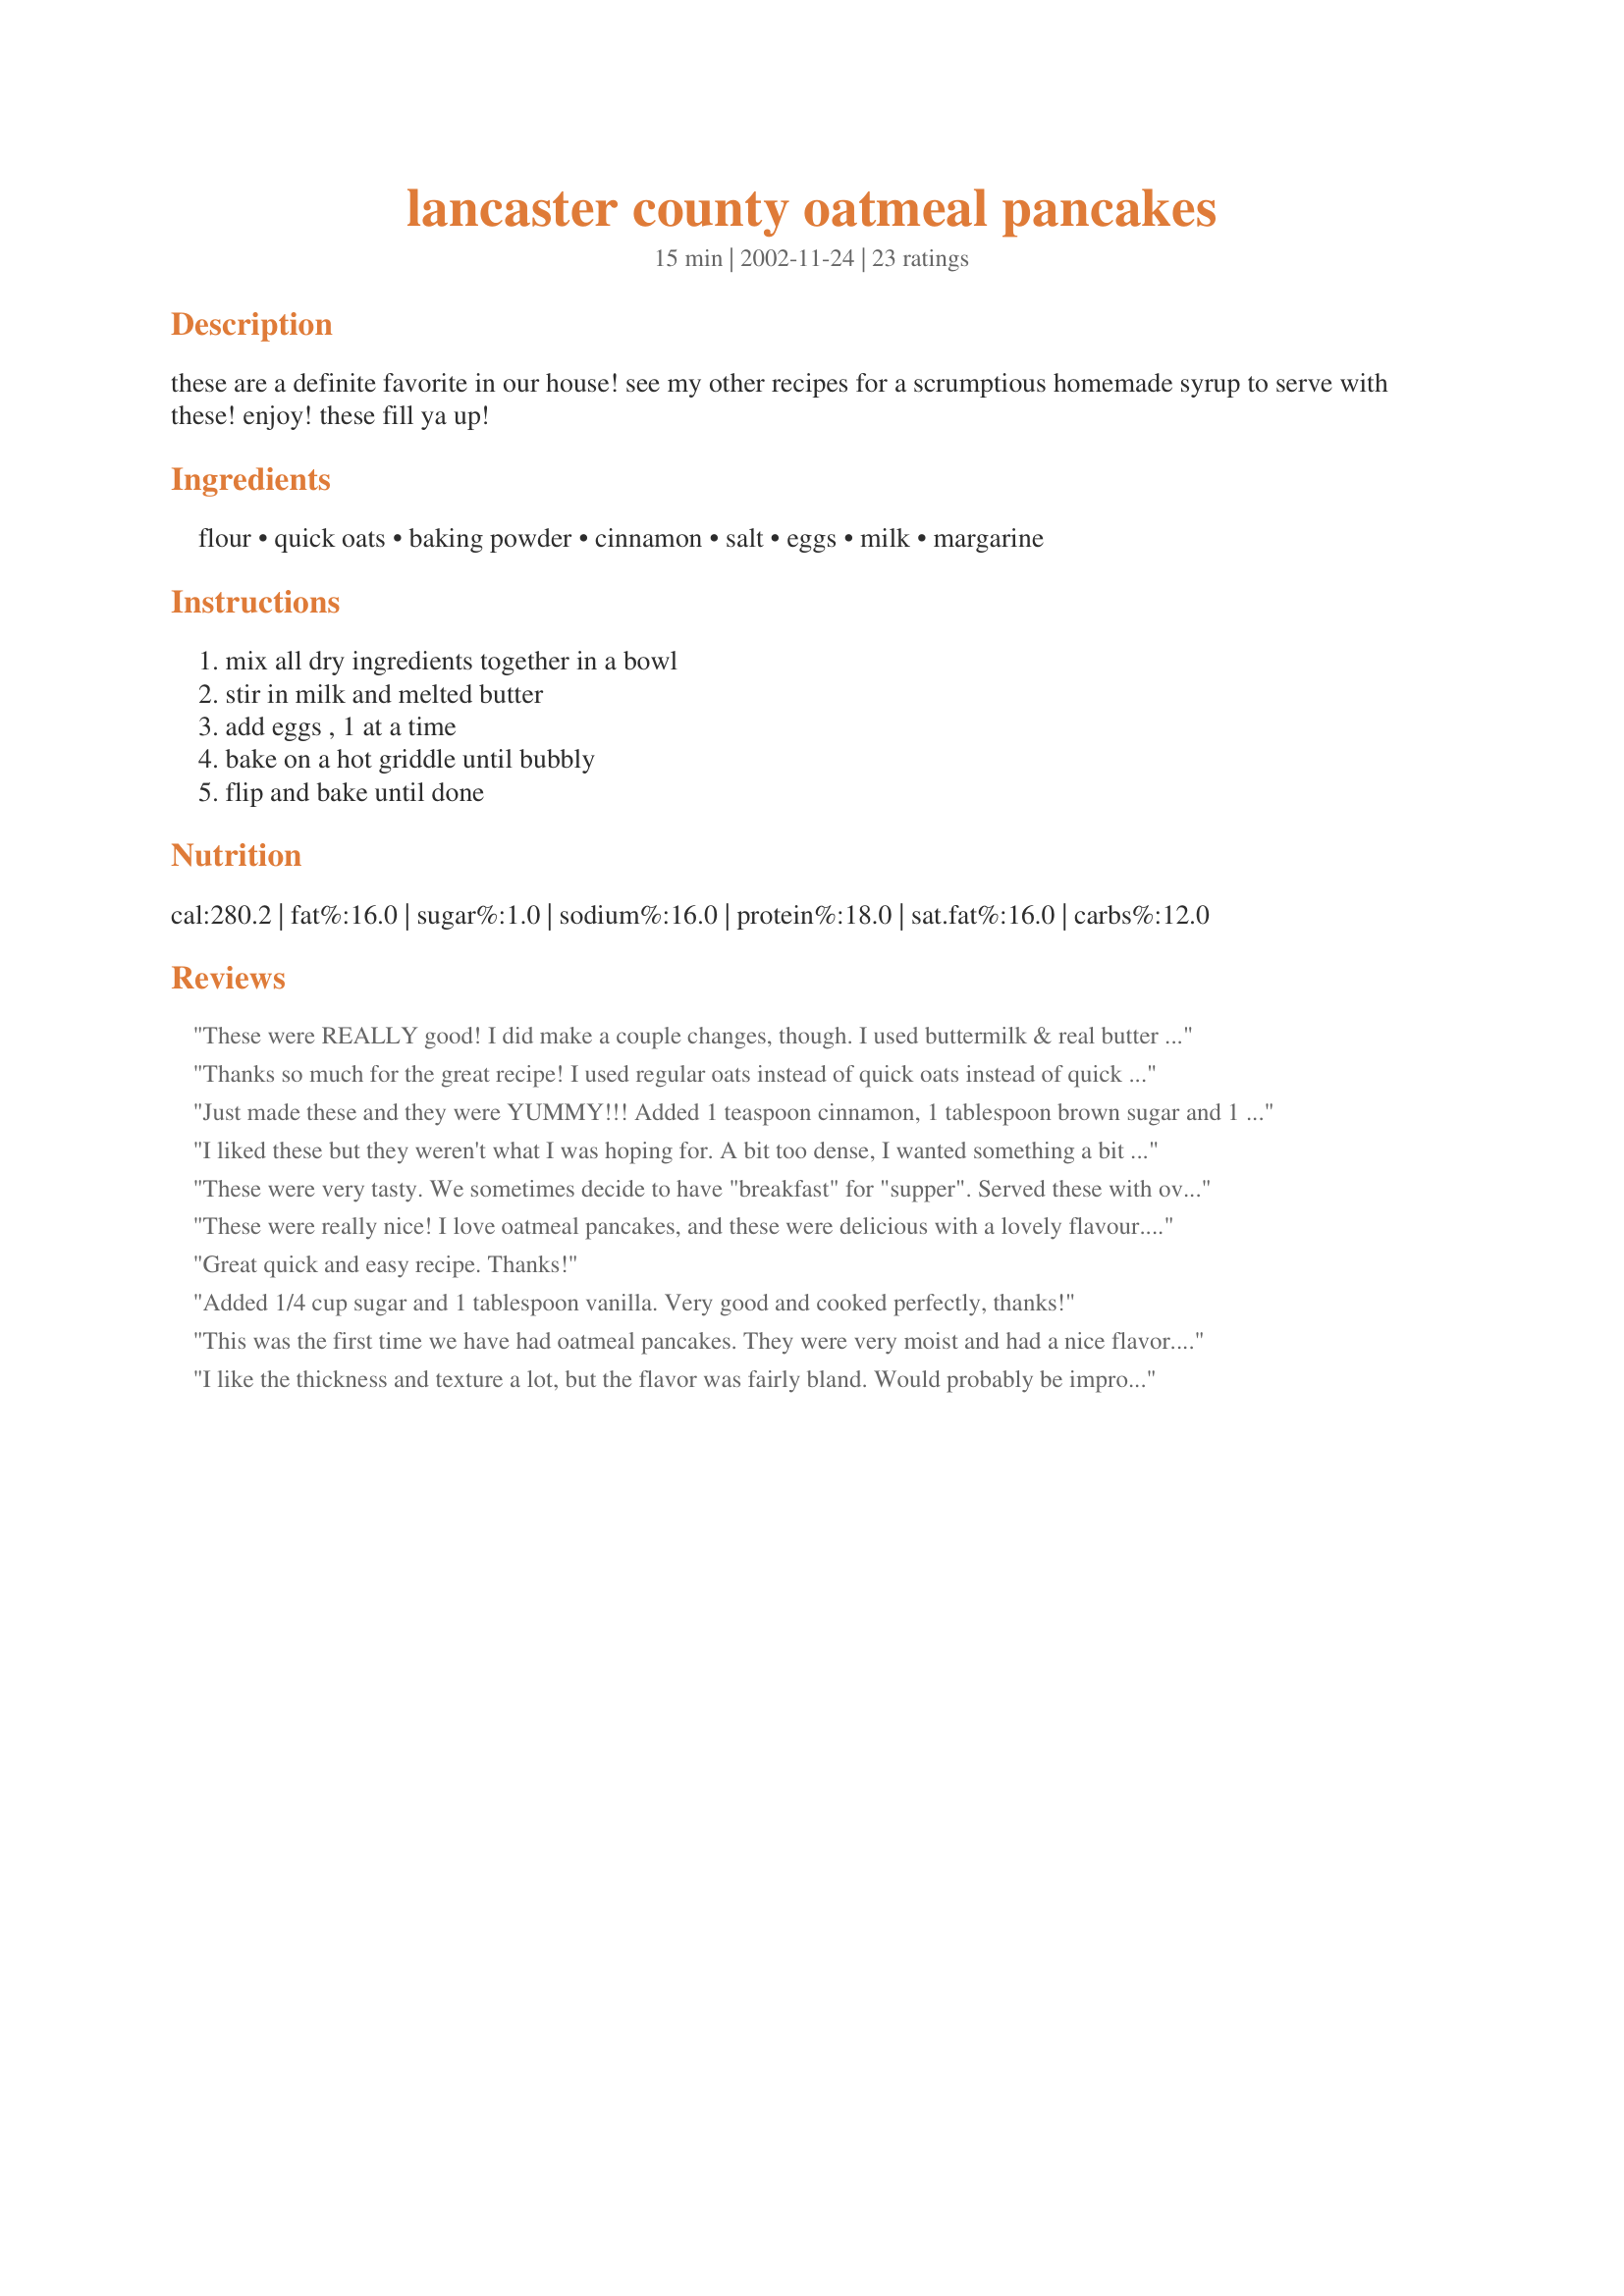
lancaster county oatmeal pancakes
Preparation time: 15 minutes

these are a definite favorite in our house! see my other recipes for a scrumptious homemade syrup to serve with these! enjoy! these fill ya up!

Ingredients:
flour, quick oats, baking powder, cinnamon, salt, eggs, milk, margarine

Steps:
mix all dry ingredients together in a bowl, stir in milk and melted butter, add eggs , 1 at a time, bake on a hot griddle until bubbly, flip and bake until done

Reviews:
These were REALLY good! I did make a couple changes, though. I used buttermilk & real butter + I added an egg. I was out of baking powder so I used baking soda, instead. Served them with some good ol' WI Maple Syrup....YUMMY!!!
Thanks so much for the great recipe! I used regular oats instead of quick oats instead of quick oats and they still came out great. My husband and daughter both loved them and I get to feel good about feeding them whole grains. This will become a regular item on our breakfast menu. Thanks again!
Just made these and they were YUMMY!!! Added 1 teaspoon cinnamon, 1 tablespoon brown sugar and 1 tablespoon vanilla sugar. Used real butter (healthy fat) I also put the quick oats in our little food processor to make them more like the flour. I also used almond milk instead of regular cause that's what we had. DH loved them and will want them again, he's the picky one!! Great recipe I will be using this again, makes pancakes just a little healthier, LOL.
I liked these but they weren't what I was hoping for. A bit too dense, I wanted something a bit softer in the middle. But they did have a nice flavor to them, especially with a few added chocolate chips :)
These were very tasty. We sometimes decide to have "breakfast" for "supper". Served these with oven baked bacon strips and Microwave Scalloped Apples (#76504)
These were really nice! I love oatmeal pancakes, and these were delicious with a lovely flavour.... will be making them again soon :)
Great quick and easy recipe. Thanks!
Added 1/4 cup sugar and 1 tablespoon vanilla. Very good and cooked perfectly, thanks!
This was the first time we have had oatmeal pancakes. They were very moist and had a nice flavor. Easy to make. 

Thanks WJKing.
I like the thickness and texture a lot, but the flavor was fairly bland. Would probably be improved with blueberries, as it does taste wholesome.
This is an incredible recipe. I scaled the recipe for 1 person (me!) & used half whole wheat/half oat flour. I used rolled oats (1/4 cup--a little more than called for), skim milk (about 1/4 cup) & 1 egg white. I didn't use any butter or salt. They are thick & yummy & stand up well to toppings like natural PB, thick banana slices & sugar free syrup. Yum yum yum! Thank u for sharing!!
Excellent Healthy recipe. Suggest that others try. Lowered my cholesterol (oatmeal)
I love this recipe. The pancakes are hearty but not too heavy. I even use old fashioned oats instead of quick cooking. I switch out about 1/3 of the flour for wheat flour. Thanks for sharing!
WOW! Fantastic pancakes! The texture and taste was such an awesome treat. I usually don't care for pancakes but these were fun to chew even! My family of 7 will be eating pancakes like this from now on. Thanks for the recipe!
Hearty, filling pancakes. This was a new eating experience and while I prefer regular pancakes, these were very good. Served with recipe #353258.
This was an entirely different experience in taste and texture. We love it and will make it a regular in our home. Thank you.

These are some great pancakes. I didn't find them bland at all, and they do really fill you up. I used fat-free milk, 1/2 cup whole wheat flour and 1 cup all-purpose flour, 1 tsp. cinnamon, and I added 1/2 tsp. allspice. I made mine fairly large, and I got 8 pancakes from this recipe. I usually stink at cooking pancakes, but today must've been a good day, because they came out PERFECT! :) I might try adding about 1/3 cup finely chopped almonds or pecans in there next time. Thanks for this keeper recipe, WJKing.
Super yummy! This recipe is definitely a keeper! My son had 7 of these pancakes in one sitting and declared them to be "delicious". Thanks for sharing this recipe!!!
These were really tasty, and I felt healthier eating them than all-flour pancakes. I actually used whole wheat flour in place of the AP and added a teaspoon of vital wheat gluten to soften them. They were delicious, and everyone who ate them fell in love! Thanks for sharing this new family favorite.
These came out so good! Don't expect a normal pancake texture and flavor though, but these are good. I added in a few tablespoons brown sugar, and since I only had normal oatmeal, I let them soak for a few minutes.
These are sooo good with jam, honey, or peanut butter on them. They reheat nicely too.

These are really good for a college student (even if I'm at the Culinary Institute of America) who can't keep a lot of ingriedents in her room.
These are quick too, so I'm sure if you want to prep the wet and dry the night before and combine them all the next day, it'd be a quick cook up! Can't wait to make these again.

3/08
I'm making these again, for the third, fourth, or possibly fifth time since I've posted the review and they are still great... A little sugar and vanilla make these excellent.
We all enjoyed these (including the kids). They are hearty and fluffy. I did have to use one packet of instant brown sugar oatmeal since I ran out of oatmeal, which worked fine. These seemed like what I would think of "Amish" pancakes. Thanks WJKing!

Update: great cooked with fresh raspberries!

Roxygirl
YUMMY! real good oatmeal pancakes!
they raised very well and were quite nice and light, not like some oatmeal pancakes that are quite heavy. I only had old fashioned oatmeal flakes in and they worked beautifully. Loved the touch of cinnamon! I used light olive oil instead of margarine. Served them with a squeeze of lemon and butter and will probably roll the leftovers with jam or peanut butter for a snack. I will be making these again, thanks for posting!
This recipe is a "keeper" for me. When I prepared this recipe, I used old fashioned oats and pulsed them in the food processor before adding them. I used butter instead of margarine in the batter as well as on top, along with some syrup. These are the best tasting pancakes I've ever made. I love that "nutty" flavor. Now, if I could only back off on the butter and syrup. They were SOOOOO good. Thanks, WJKing.
